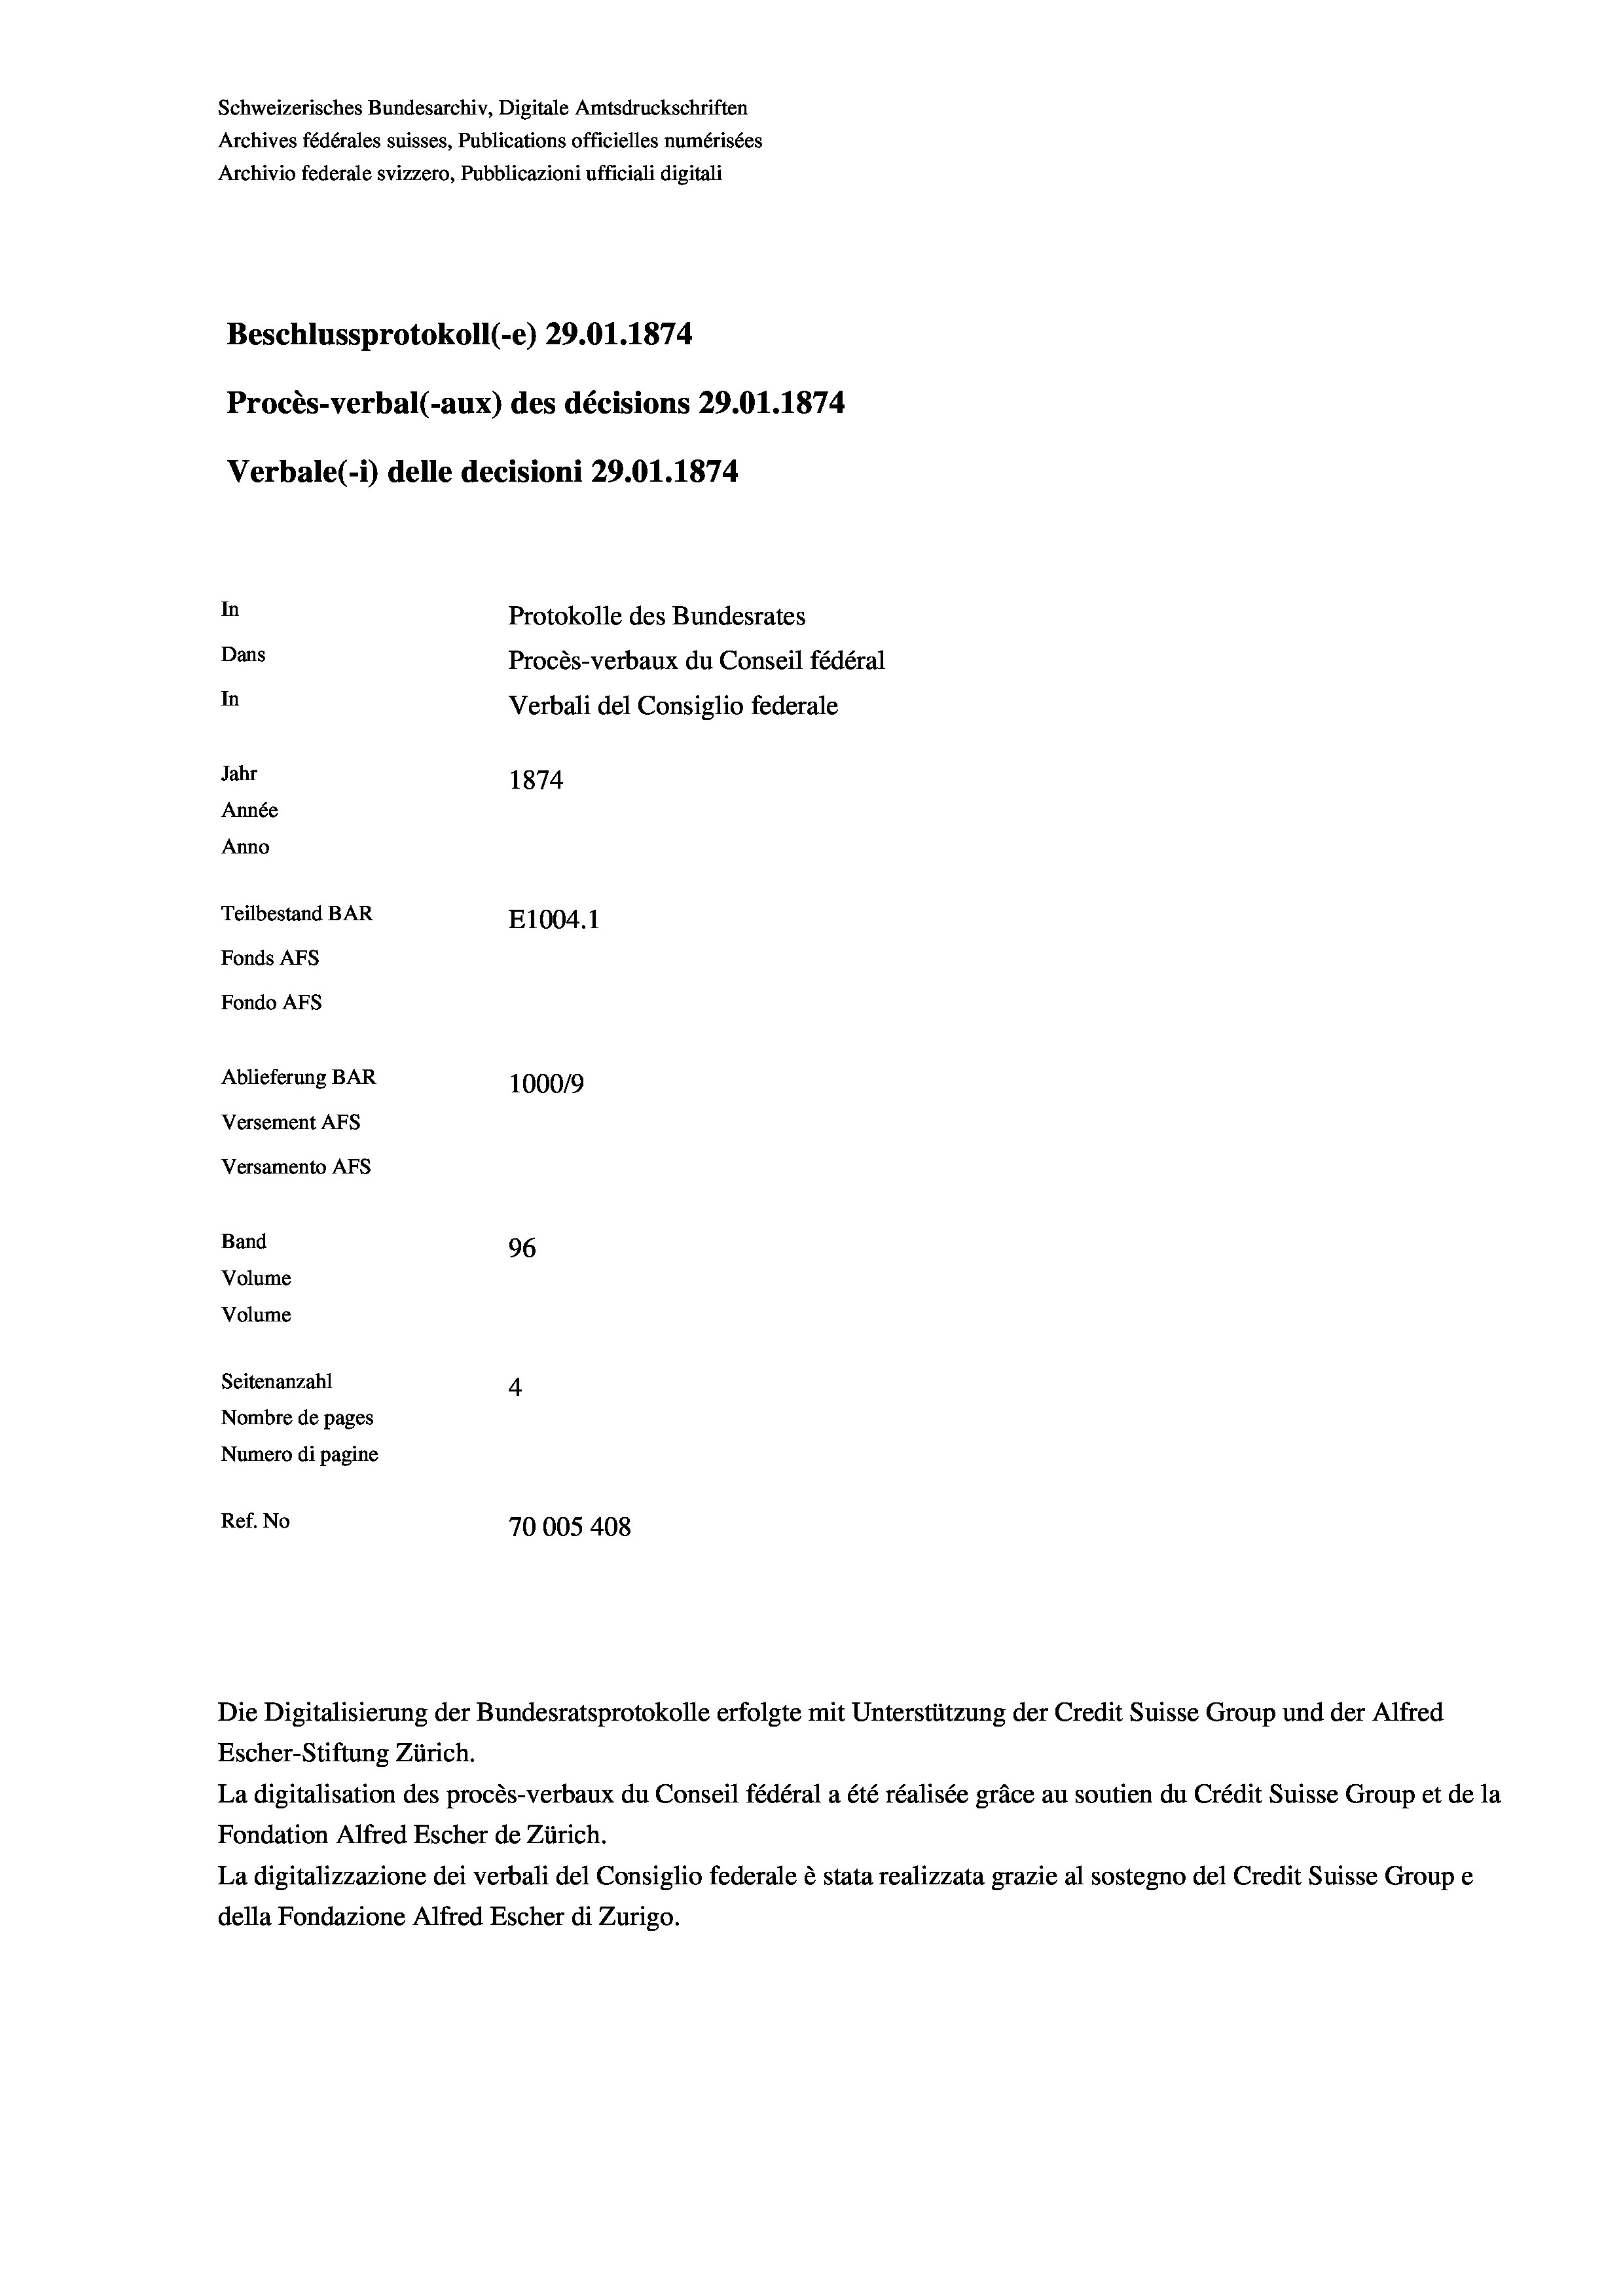
Schweizerisches Bundesarchiv, Digitale Amtsdruckschriften
Archives fédérales suisses, Publications officielles numérisées
Archivio federale svizzero, Pubblicazioni ufficiali digitali
Beschlussprotokoll (-e) 29.01. 1874
Procès-verbal (-aux) des décisions 29.01. 1874
Verbale (- 1) delle decisioni 29.01. 1874.
In
Protokolle des Bundesrates
Dans
Procès-verbaux du Conseil fédéral
In
Verbali del Consiglio federale
Jahr
1874
Année
Anno
Teilbestand BAR
E1004. 1
Fonds AFs
Fondo AFs

Ablieferung BAR
Versement AFS
Versamento Afs
Band
Volume
Volume
Seitenanzahl

100019
96
4
Nombre de pages
Numero di pagine
Ref. No
70005 408

Escher-Stiftung Zürich.
La digitalisation des procès-verbaux du Conseil fédéral a été réalisée gräce au soutien du Crédit Suisse Group et de la
Fondation Alfred Escher de Zürich.
La digitalizzazione dei verbali del Consiglio federale è stata realizzata grazie al sostegno del Credit Suisse Groupe
della Fondazione Alfred Escher di Zurigo.

Die Digitalisierung der Bundesratsprotokolle erfolgte mit Unterstützung der Credit Suisse Group und der Alfred